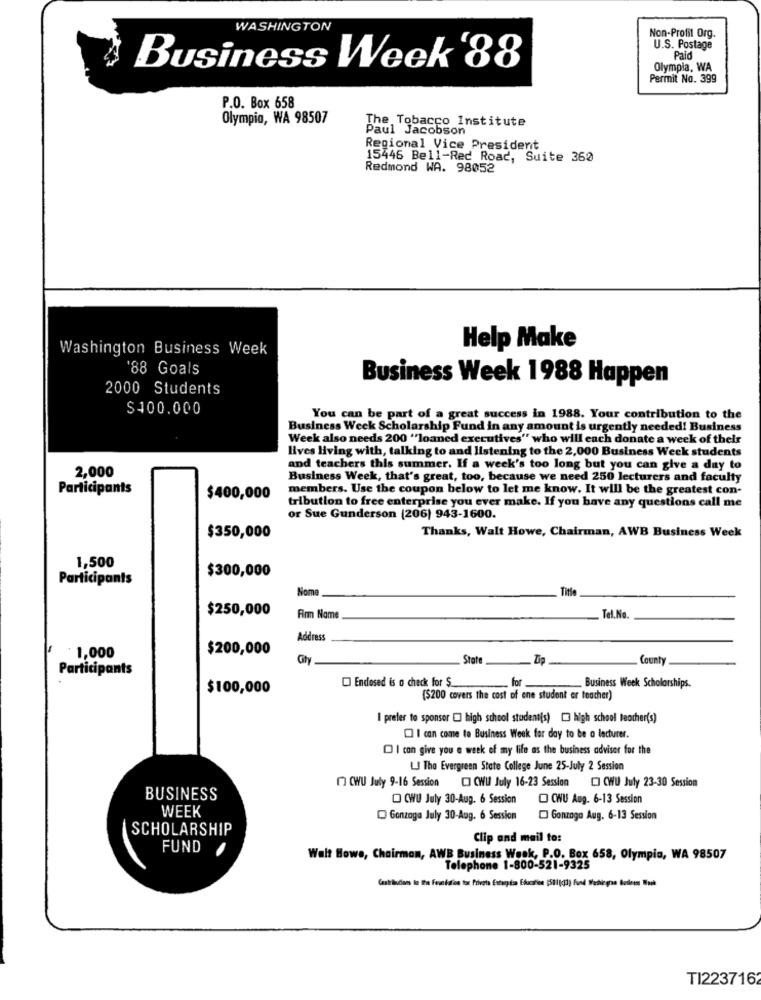
WASHINGTON
Non-Profit Org.
U.S. Postage
Paid
Business Week '88
Olympia. WA
Permit No. 399
P.O. Box 658
Olympia, WA 98507
The, Tobacco Institute
Paul Jacobson
Regional Vice President
15446 Bell-Red Road, Suite 360
Redmond WA. 98052
Washington Business Week
Help Make
88 Goals
Business Week 1988 Happen
2000 Students
$400.000
You can be part of a great success in 1988. Your contribution to the
Business Week Scholarship Fund in any amount is urgently needed! Business
Week also needs 200 ""loaned executives" who will each donate a week of their
lives living with, talking to and listening to the 2,000 Business Week students
2,000
and teachers this summer. If a week's too long but you can give a day to
Business Week, that's great, too, because we need 250 lecturers and faculty
Participants
members. Use the coupon below to let me know. It will be the greatest con-
$400,000
tribution to free enterprise you ever make. If you have any questions call me
or Sue Gunderson (206) 943-1600.
$350,000
Thanks, Walt Howe, Chairman, AWB Business Week
1,500
$300,000
Participants
Nome
Title
$250,000
Firm Name
Tel.No.
Address
$200,000
1,000
City
State
Zip
County
Participants
Endosed is o check for $_
for.
$100,000
Business Week Scholarships.
($200 covers the cost of ene student er teacher)
I prefer to sponsor [] high school student(s) [3 high school teacher(s)
I can come to Business Week for day to be a lecturer.
I can give you a week of my life as the business advisor for the
LJ The Evergreen State College June 25-July 2 Session
( WU July 9-16 Session CI CWI July 16-23 Session [] CWU July 23-30 Session
BUSINESS
CWU July 30-Aug. 6 Session
ONU Aug. 6-13 Session
WEEK
Gonzaga July 30-Aug. 6 Session
Gonzaga Aug. 6-13 Session
SCHOLARSHIP
Clip and mail to:
FUND
Walt Bowe, Chairman, AWB Business Wook, P.O. Box 658, Olympia, WA 98507
Telephone 1-800-521-9325
TI223716